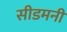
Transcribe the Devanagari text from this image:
सीडमनी